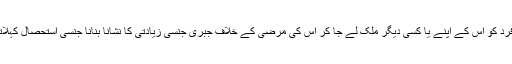
کسی فرد کو اس کے اپنے یا کسی دیگر ملک لے جا کر اس کی مرضی کے خلاف جبری جنسی زیادتی کا نشانا بنانا جنسی استحصال کہلاتا ہے۔